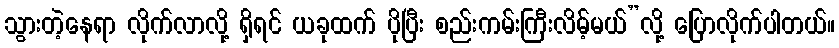
သွားတဲ့နေရာ လိုက်လာလို့ ရှိရင် ယခုထက် ပိုပြီး စည်းကမ်းကြီးလိမ့်မယ်”လို့ ပြောလိုက်ပါတယ်။